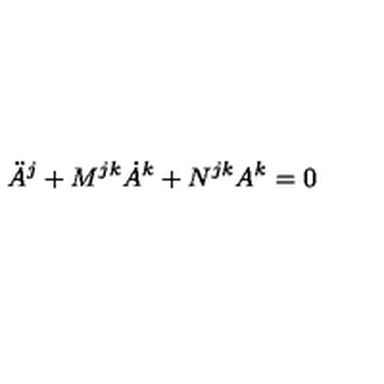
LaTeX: \ddot { A } ^ { j } + M ^ { j k } \dot { A } ^ { k } + N ^ { j k } A ^ { k } = 0